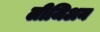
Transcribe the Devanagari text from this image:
लीजिअन